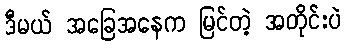
ဒီမယ် အခြေအနေက မြင်တဲ့ အတိုင်းပဲ